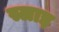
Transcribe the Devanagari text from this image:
स्लाइ